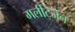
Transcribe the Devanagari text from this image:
गर्लीट्जेन